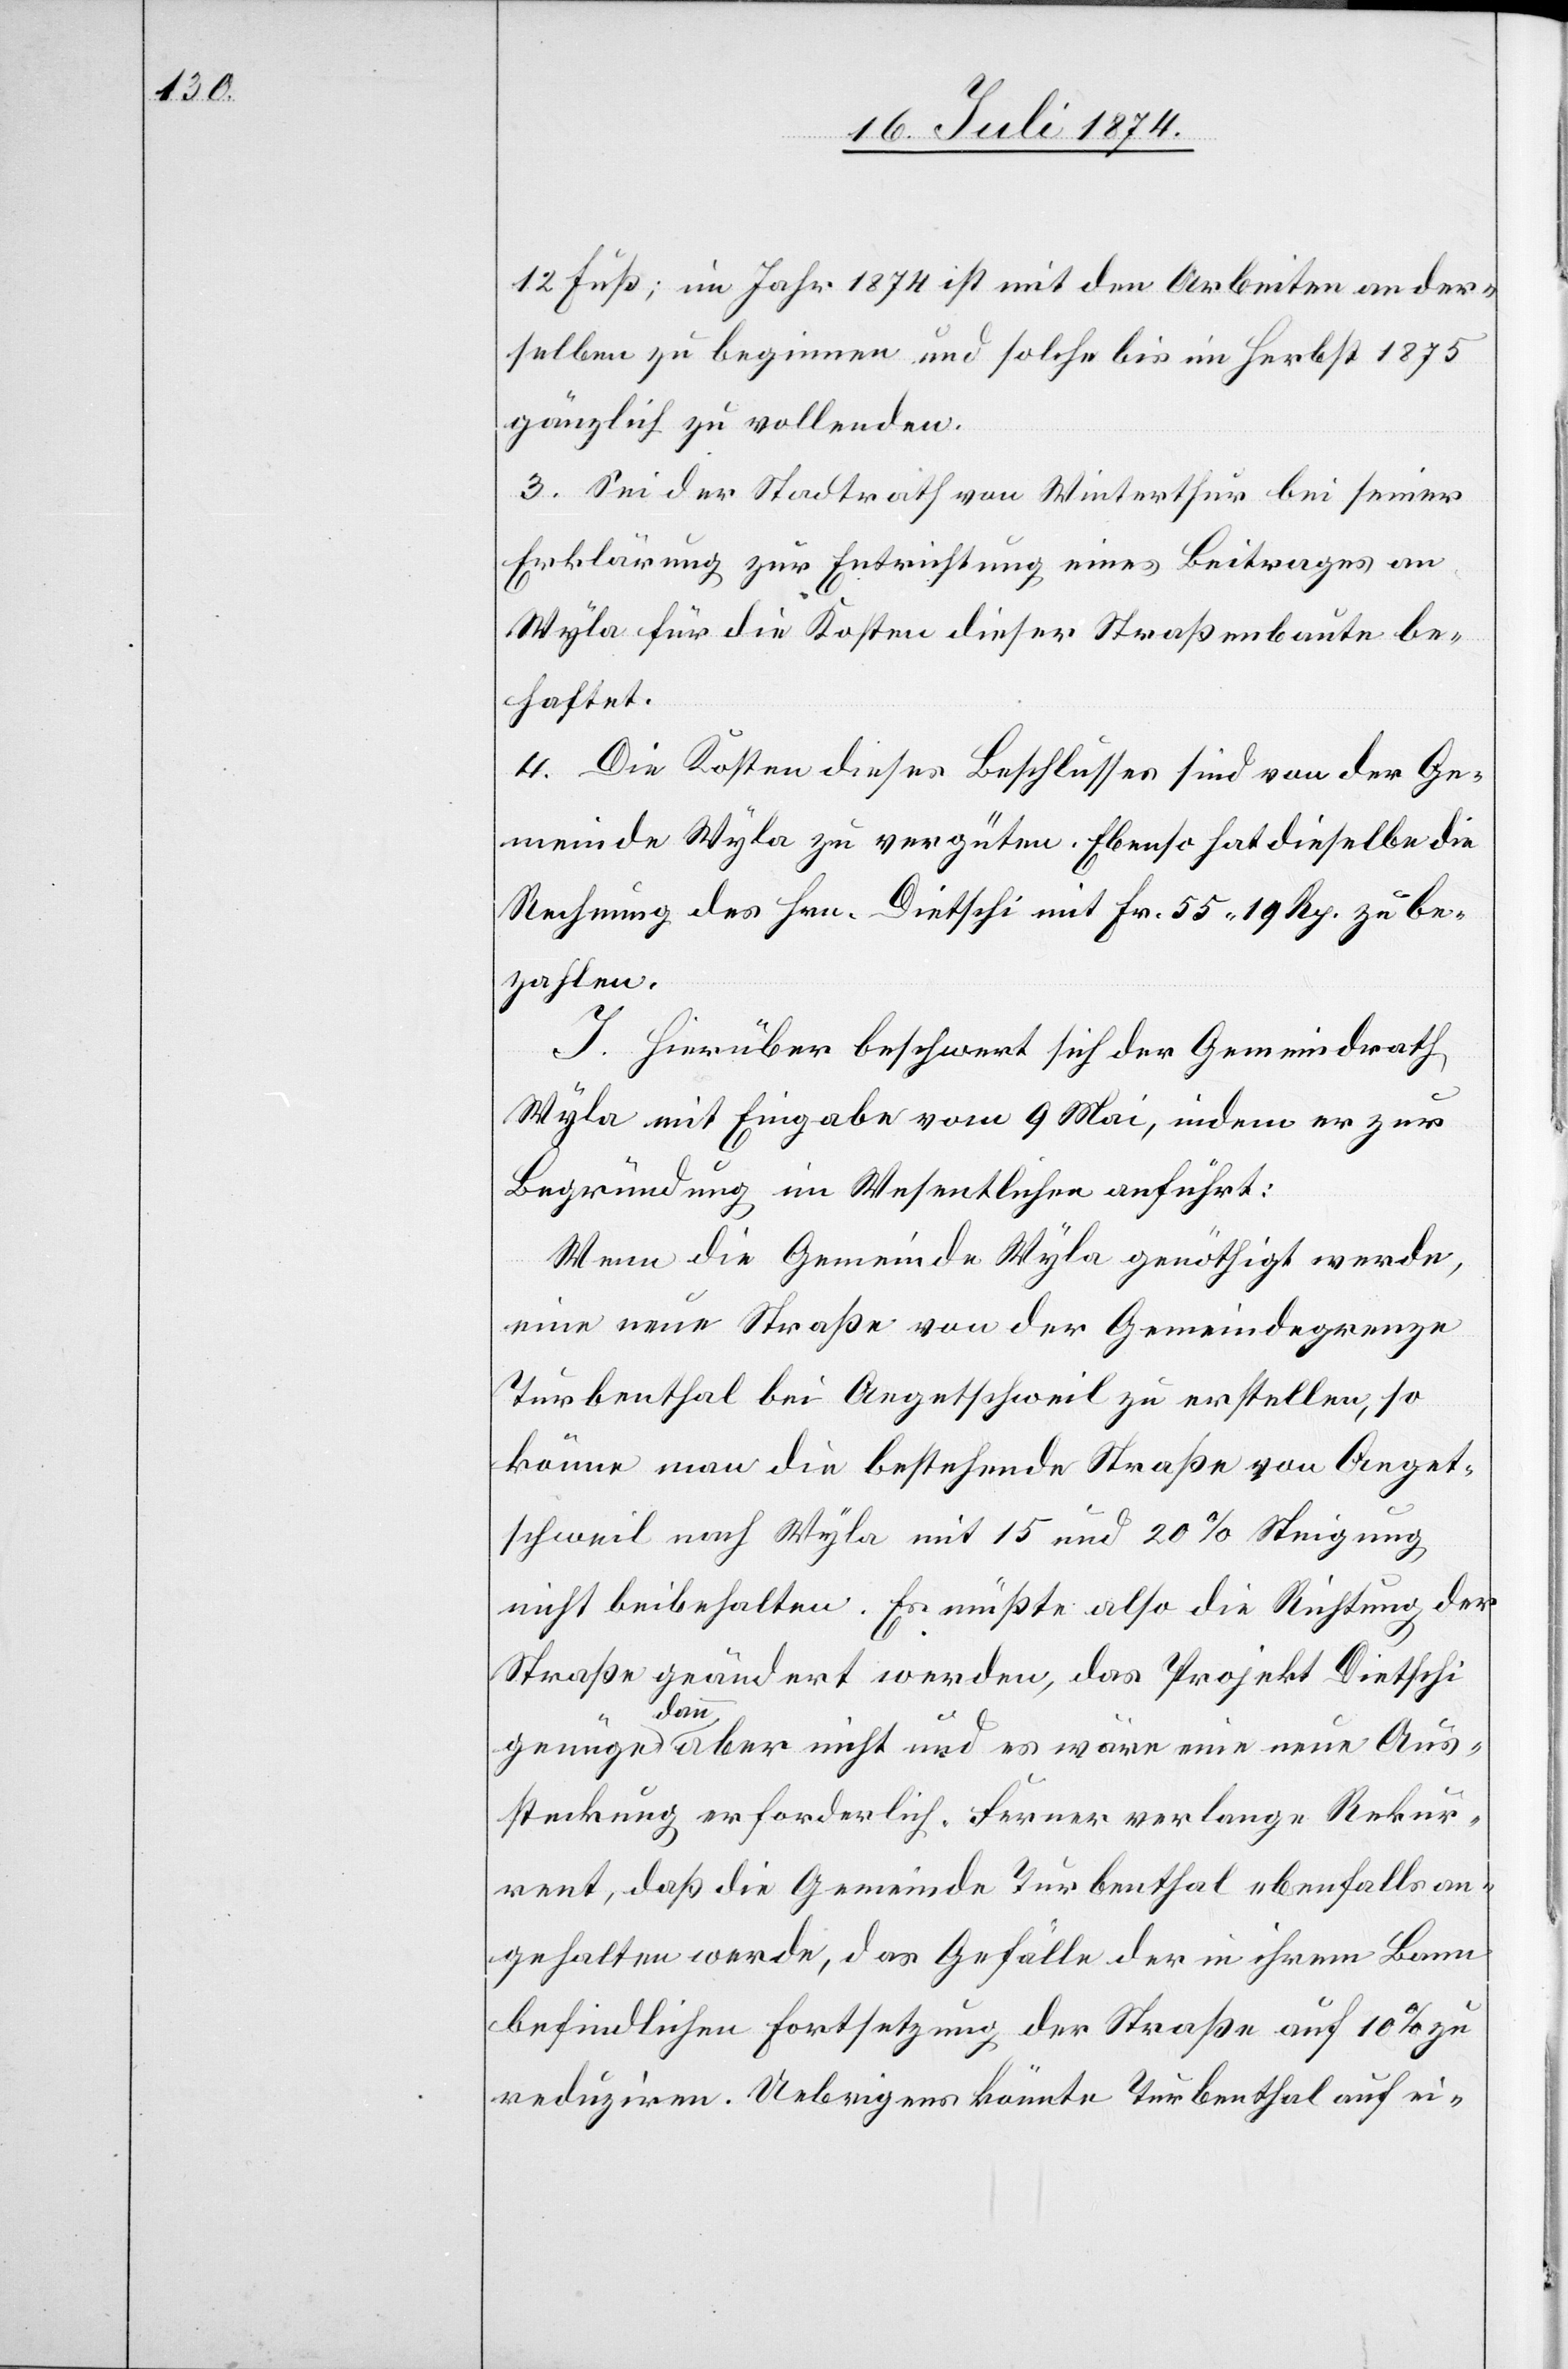
12 Fuß; im Jahr 1874 ist mit den Arbeiten an der¬
selben zu beginnen und solche bis im Herbst 1875
gänzlich zu vollenden.
3. Sei der Stadtrath von Winterthur bei seiner
Erklärung zur Entrichtung eines Beitrages an
Wyla für die Kosten dieser Straßenbaute be¬
haftet.
4. Die Kosten dieses Beschlusses sind von der Ge¬
meinde Wyla zu vergüten. Ebenso hat dieselbe die
Rechnung des Hrn. Dietschi mit Fr. 55.19 Rp. zu be¬
zahlen.
I. Hierüber beschwert sich der Gemeindrath
Wyla mit Eingabe vom 9. Mai, indem er zur
Begründung im Wesentlichen anführt:
Wenn die Gemeinde Wyla genöthigt werde,
eine neue Straße von der Gemeindegrenze
Turbenthal bei Aegetschweil zu erstellen, so
könne man die bestehende Straße von Aeget¬
schweil nach Wyla mit 15 und 20% Steigung
nicht beibehalten. Es müßte also die Richtung der
Straße geändert werden, das Projekt Dietschi
genüge dann aber nicht und es wäre eine neue Aus¬
steckung erforderlich. Ferner verlange Rekur¬
rent, daß die Gemeinde Turbenthal ebenfalls an¬
gehalten werde, das Gefälle der in ihrem Bann
befindlichen Fortsetzung der Straße auf 10% zu
reduziren. Uebrigens könnte Turbenthal auf ei-